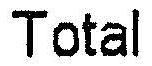
TOTAL